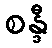
စန္ဒီ